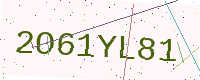
Text: 2O61YL81